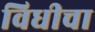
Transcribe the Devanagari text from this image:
विधीचा